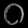
Digit: ၀